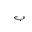
Letter: _ba